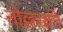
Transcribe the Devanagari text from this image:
नोल्लसति